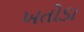
ખતોડા